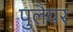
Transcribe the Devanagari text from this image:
पुलैयर